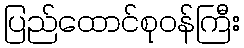
ပြည်ထောင်စုဝန်ကြီး